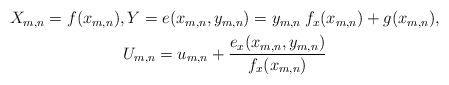
LaTeX: \begin{align*}\begin{gathered}X_{m,n} = f(x_{m,n}),Y= e(x_{m,n},y_{m,n}) = y_{m,n}\: f_x(x_{m,n}) + g(x_{m,n}),\\U_{m,n} = u_{m,n} + \frac{e_x(x_{m,n},y_{m,n})}{f_x(x_{m,n})} \end{gathered}\end{align*}